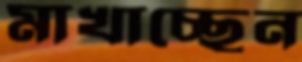
মাখাচ্ছেন